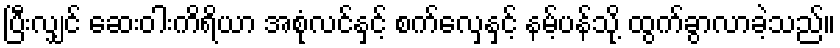
ပြီးလျှင် ဆေးဝါးကိရိယာ အစုံလင်နှင့် စက်လှေနှင့် နမ့်ပန်သို့ ထွက်ခွာလာခဲ့သည်။